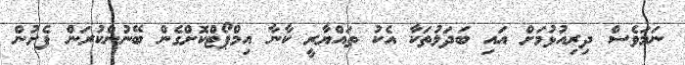
ނަމަވެސް ދިރިއުޅުމަށް އައި ބަދަލުތަކާ އެކު ތައްޔާރީ ކާނާ އިމްޕޯޓްކޮށްގެން ބޭނުންކުރަން ފެށުން